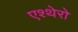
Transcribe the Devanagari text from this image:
एश्थेरो